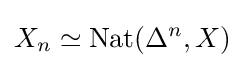
X_{n}\simeq \operatorname {Nat} (\Delta ^{n},X)